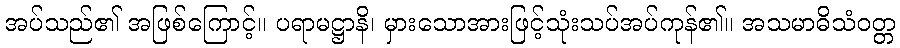
အပ်သည်၏ အဖြစ်ကြောင့်။ ပရာမဋ္ဌာနိ၊ မှားသောအားဖြင့်သုံးသပ်အပ်ကုန်၏။ အသမာဓိသံဝတ္တ